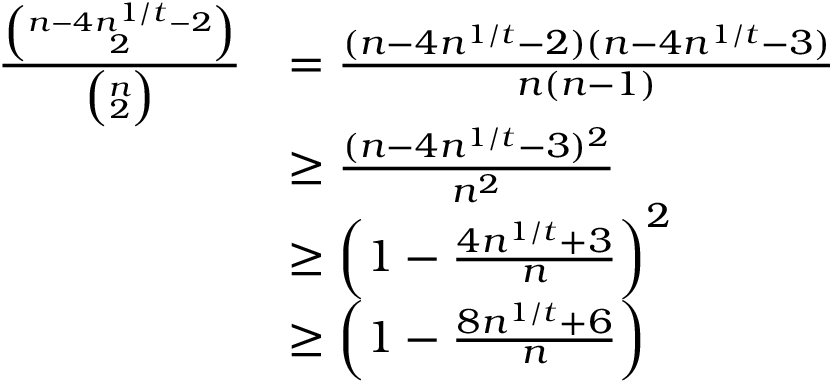
\begin{array} { r l } { \frac { \binom { n - 4 n ^ { 1 / t } - 2 } { 2 } } { \binom { n } { 2 } } } & { = \frac { ( n - 4 n ^ { 1 / t } - 2 ) ( n - 4 n ^ { 1 / t } - 3 ) } { n ( n - 1 ) } } \\ & { \geq \frac { ( n - 4 n ^ { 1 / t } - 3 ) ^ { 2 } } { n ^ { 2 } } } \\ & { \geq \left( 1 - \frac { 4 n ^ { 1 / t } + 3 } { n } \right) ^ { 2 } } \\ & { \geq \left( 1 - \frac { 8 n ^ { 1 / t } + 6 } { n } \right) } \end{array}